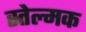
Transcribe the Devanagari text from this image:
स्तेल्मक